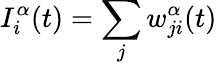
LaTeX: I_{i}^{\alpha}(t)=\sum_{j}w_{ji}^{\alpha}(t)